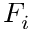
F _ { i }